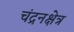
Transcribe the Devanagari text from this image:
चंद्रनक्षेत्र